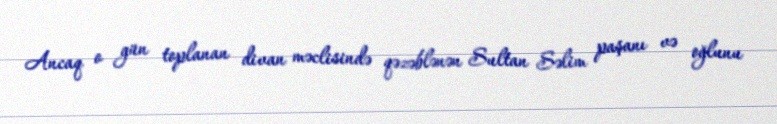
Ancaq o gün toplanan divan məclisində qəzəblənən Sultan Səlim paşanı və oğlunu